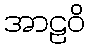
အာဠဝိ